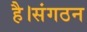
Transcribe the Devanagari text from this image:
है।संगठन